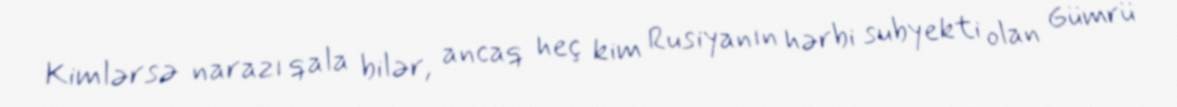
Kimlərsə narazı qala bilər, ancaq heç kim Rusiyanın hərbi subyekti olan Gümrü